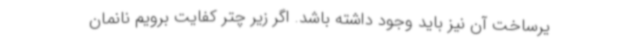
یرساخت آن نیز باید وجود داشته باشد. اگر زیر چتر کفایت برویم نانمان